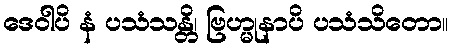
ဒေဝါပိ နံ ပသံသန္တိ၊ ဗြဟ္မုနာပိ ပသံသိတော။